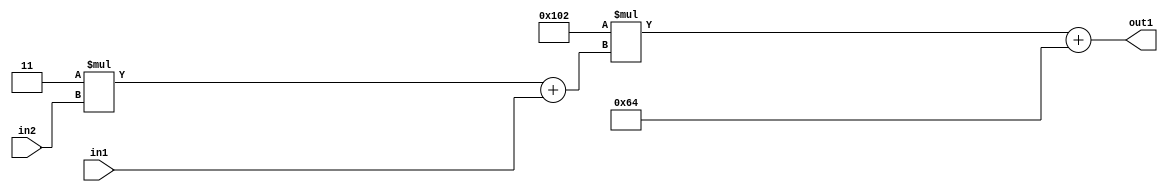
`timescale 1ps / 1ps
/*****************************************************************************
    Verilog RTL Description
    
    
    Created by: Stratus DpOpt 2019.1.01 
*******************************************************************************/

module DC_Filter_Add2i100Mul2i258Add2u1Mul2i3u2_1 (
	in2,
	in1,
	out1
	); /* architecture "behavioural" */ 
input [1:0] in2;
input  in1;
output [11:0] out1;
wire [11:0] asc001;
wire [3:0] asc002;

wire [3:0] asc002_tmp_0;
assign asc002_tmp_0 = 
	+(4'B0011 * in2);
assign asc002 = asc002_tmp_0
	+(in1);

wire [11:0] asc001_tmp_1;
assign asc001_tmp_1 = 
	+(12'B000100000010 * asc002);
assign asc001 = asc001_tmp_1
	+(12'B000001100100);

assign out1 = asc001;
endmodule

/* CADENCE  v7XzSg0= : u9/ySgnWtBlWxVPRXgAZ4Og= ** DO NOT EDIT THIS LINE ******/